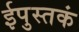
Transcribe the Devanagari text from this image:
ईपुस्तकं